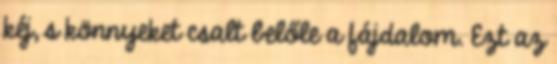
kéj, s könnyeket csalt belőle a fájdalom. Ezt az